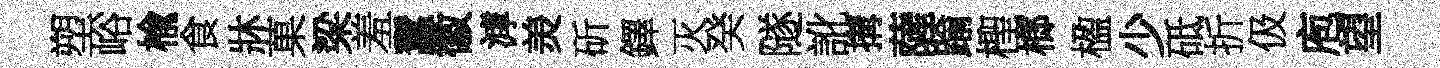
塑峪楡食牀菓梁羞蠶徽滹羙斫鐸灭癸隧訛搆薩踰檉榔楹少砥折伋庖望